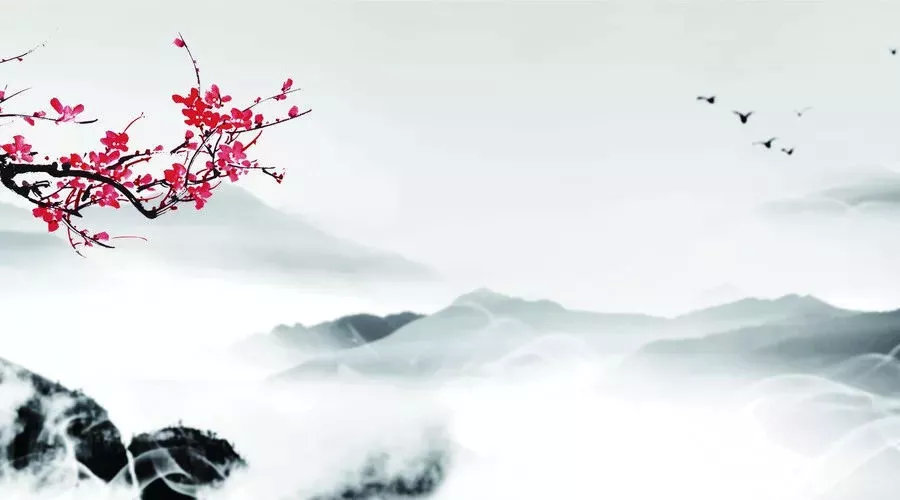
黄金燃桂尽，壮志逐年衰。